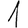
Digit: 1